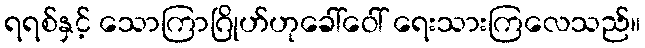
ရရစ်နှင့် သောကြာဂြိုဟ်ဟုခေါ်ဝေါ် ရေးသားကြလေသည်။